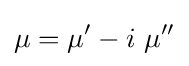
\mu =\mu '-i\ \mu ''